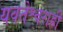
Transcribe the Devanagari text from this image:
यवतेश्वराही